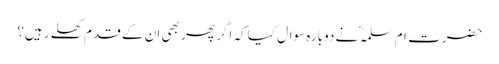
حضرت ام سلمہؓ نے دوبارہ سوال کیا کہ اگر پھر بھی ان کے قدم کھلے رہیں؟